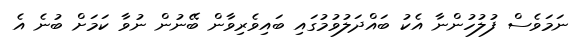
ނަމަވެސް ފުލުހުންނާ އެކު ބައްދަލުވުމުގައި ބައިވެރިވާން ބޭނުން ނުވާ ކަމަށް ބުނެ އެ